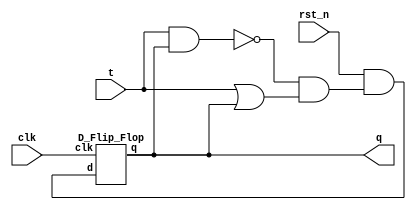
`timescale 1ns/1ps

module Toggle_Flip_Flop(clk, q, t, rst_n);
input clk;
input t;
input rst_n;
output q;

wire wire_xor, wire_xor1, wire_xor2, wire_and;

// NOR & OR == XOR
// t XOR q -> wire_xor
nand xor1(wire_xor1, t, q);
or xor2(wire_xor2, t, q);
and xor3(wire_xor,wire_xor1,wire_xor2);

// rst_n AND wire_xor -> wire_and
and and1(wire_and, rst_n, wire_xor);

// DFF 
D_Flip_Flop dff(
	.clk(clk),
	.d(wire_and),
	.q(q)
);

endmodule

module D_Flip_Flop(clk, d, q);
input clk;
input d;
output q;

wire negclk,w0;

not not1 (negclk,clk);
D_Latch Master(
	.e(negclk),
	.d(d),
	.q(w0)
);
D_Latch Slave(
	.e(clk),
	.d(w0),
	.q(q)
);

endmodule

module D_Latch(e, d, q);
input e;
input d;
output q;

wire w0, w1, negd, negq;

not not1(negd,d);

nand nand1 (w0, d, e);
nand nand2 (w1, negd, e);
nand nand3 (q, w0, negq);
nand nand4 (negq, w1, q);

endmodule